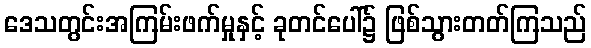
ဒေသတွင်းအကြမ်းဖက်မှုနှင့် ခုတင်ပေါ်၌ ဖြစ်သွားတတ်ကြသည်